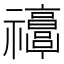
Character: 𥜭